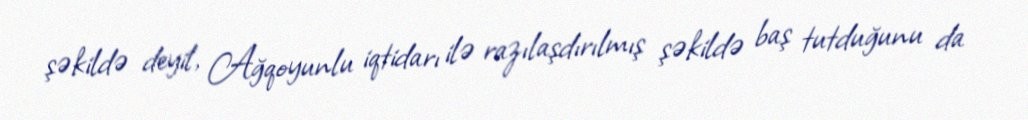
şəkildə deyil, Ağqoyunlu iqtidarı ilə razılaşdırılmış şəkildə baş tutduğunu da